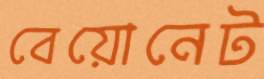
বেয়োনেট